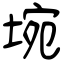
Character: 埦